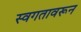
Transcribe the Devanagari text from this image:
स्वगतावरून